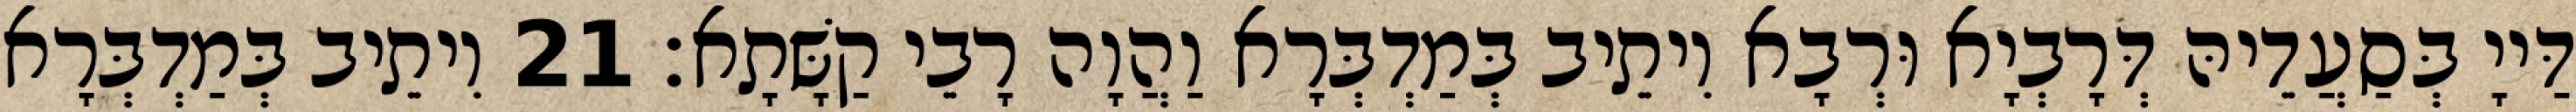
דַּייָ בְּסַעֲדֵיהּ דְּרָבְיָא וּרְבָא וִיתֵיב בְּמַדְבְּרָא וַהֲוָה רָבֵי קַשָּׁתָא׃ 21 וִיתֵיב בְּמַדְבְּרָא